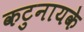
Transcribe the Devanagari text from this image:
कटुनायके